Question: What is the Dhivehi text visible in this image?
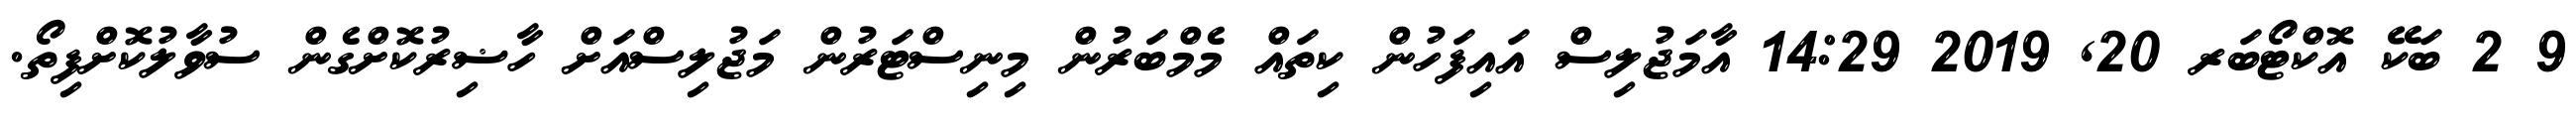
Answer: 9 2 ބަކޭ އޮކްޓޯބަރ 20, 2019 14:29 އާމަޖުލިސް އައިފަހުން ކިތައް މެމްބަރުން މިނިސްޓަރުން މަޖުލިސްއަށް ހާޟިރުކޮށްގެން ސުވާލުކޮށްފިތޯ.